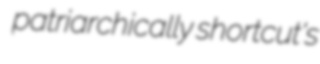
patriarchically shortcut's